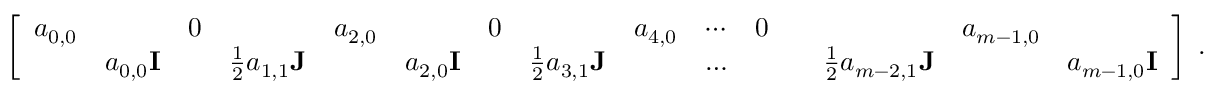
\begin{array} { r } { \left[ \begin{array} { l l l l l l l l l l l l l l l } { a _ { 0 , 0 } } & & { 0 } & & { a _ { 2 , 0 } } & & { 0 } & & { a _ { 4 , 0 } } & { \cdots } & { 0 } & & & { a _ { m - 1 , 0 } } & \\ & { a _ { 0 , 0 } { \bf I } } & & { \frac { 1 } { 2 } a _ { 1 , 1 } { \bf J } } & & { a _ { 2 , 0 } { \bf I } } & & { \frac { 1 } { 2 } a _ { 3 , 1 } { \bf J } } & & { \dots } & & & { \frac { 1 } { 2 } a _ { m - 2 , 1 } { \bf J } } & & { a _ { m - 1 , 0 } { \bf I } } \end{array} \right] \; . } \end{array}